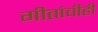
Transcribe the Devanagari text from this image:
गीतांचीही